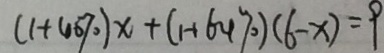
( 1 + 4 0 \% ) x + ( 1 + 6 4 \% ) ( 6 - x ) = 9